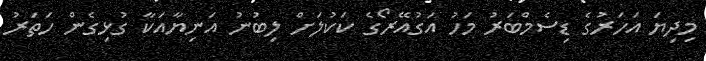
މިދިޔަ އަހަރުގެ ޑިސެމްބަރު މަހު އަގުއޭރޯގެ ކަކުލަށް ލިބުނު އަނިޔާއަކާ ގުޅިގެން ހަތަރު